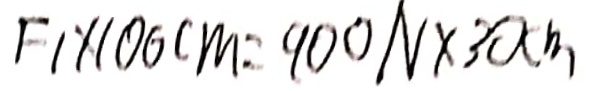
F _ { 1 } \times 1 0 0 c m = 9 0 0 N \times 3 0 c m